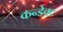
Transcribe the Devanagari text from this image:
कन्डेक्ट